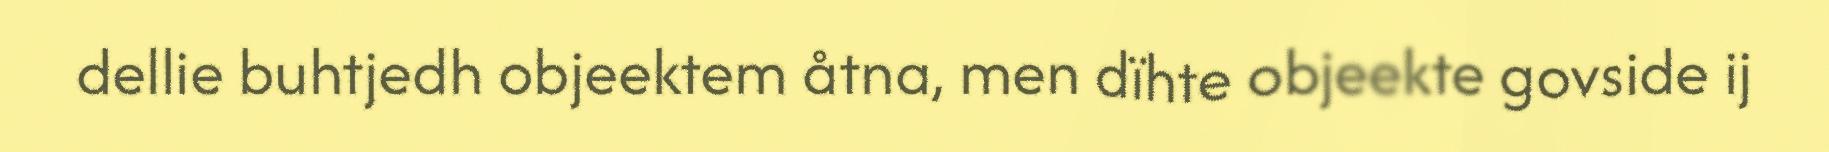
dellie buhtjedh objeektem åtna, men dïhte objeekte govside ij